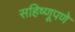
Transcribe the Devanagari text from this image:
सहिष्णूपणे